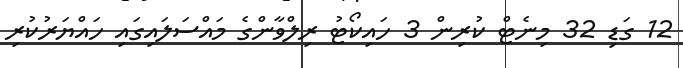
12 ގަޑި 32 މިނެޓް ކުރިން 3 ހައިކޯޓު ރިލްވާންގެ މައްސަލައިގައި ހައްޔަރުކުރި